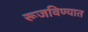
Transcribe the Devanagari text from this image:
रूजविण्यात